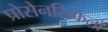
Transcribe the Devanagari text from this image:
प्रोसेनसिफेलों